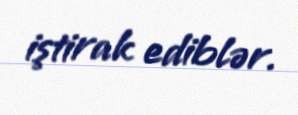
iştirak ediblər.